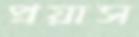
প্রয়াস